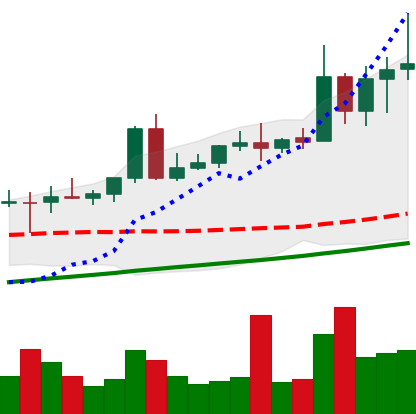
Ticker: NEO-USD
Chart end date: 2020-08-14
Forward return: 6.993%
Label: up_5_7